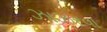
ઝાઝરવા